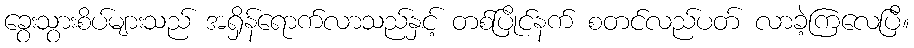
ခွေးသွားစိပ်များသည် အရှိန်ရောက်လာသည်နှင့် တစ်ပြိုင်နက် စတင်လည်ပတ် လာခဲ့ကြလေပြီ။